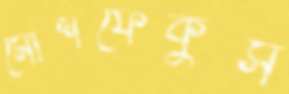
মোশফেকুস